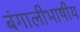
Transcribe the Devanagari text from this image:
बंगालीभाषीय